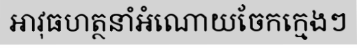
អាវុធហត្ថនាំអំណោយចែកក្មេងៗ